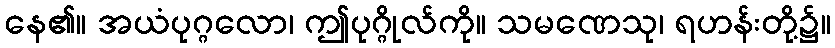
နေ၏။ အယံပုဂ္ဂလော၊ ဤပုဂ္ဂိုလ်ကို။ သမဏေသု၊ ရဟန်းတို့၌။